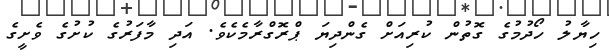
ހިޔާލު ހޯދުމުގެ ގޮތުން ކުރިއަށް ގެންދިޔަ ޕްރޮގްރާމެކެވެ. އަދި މާފަރުގެ ކުށުގެ ވެށީގެ